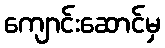
ကျောင်းဆောင်မှ